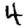
Digit: 4